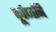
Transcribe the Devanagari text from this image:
पूर्वध्वनि